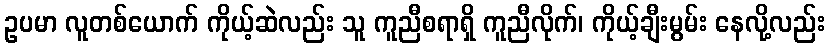
ဥပမာ လူတစ်ယောက် ကိုယ့်ဆဲလည်း သူ ကူညီစရာရှိ ကူညီလိုက်၊ ကိုယ့်ချီးမွမ်း နေလို့လည်း